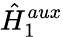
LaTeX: \hat{H}_{1}^{aux}